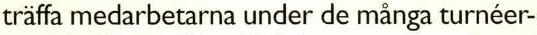
träffa medarbetarna under de många turnéer-